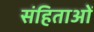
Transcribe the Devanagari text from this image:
संहिताआें